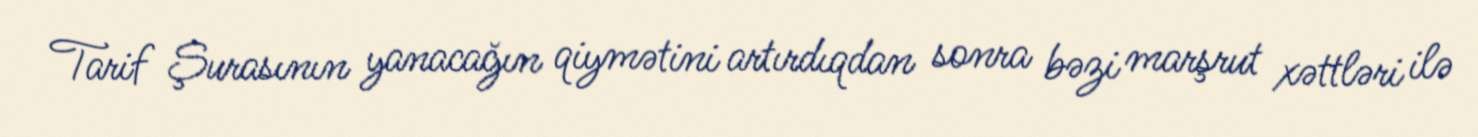
Tarif Şurasının yanacağın qiymətini artırdıqdan sonra bəzi marşrut xəttləri ilə